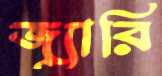
জ্যারি